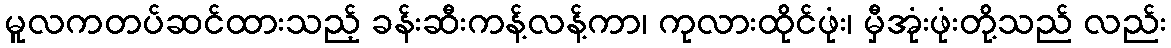
မူလကတပ်ဆင်ထားသည့် ခန်းဆီးကန့်လန့်ကာ၊ ကုလားထိုင်ဖုံး၊ မှီအုံးဖုံးတို့သည် လည်း